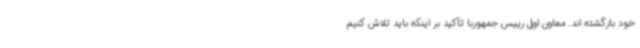
خود بازگشته اند. معاون اول رییس جمهوربا تأکید بر اینکه باید تلاش کنیم